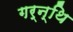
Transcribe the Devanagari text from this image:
गर्न्थि